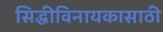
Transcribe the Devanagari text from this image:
सिद्धीविनायकासाठी